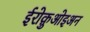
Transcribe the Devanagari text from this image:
ईरोक़ुओइअन